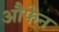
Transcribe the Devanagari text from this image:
औफेन